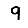
Digit: 9